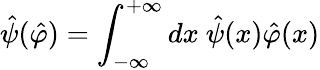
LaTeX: \hat{\psi}(\hat{\varphi})=\int_{-\infty}^{+\infty}dx~\hat{\psi}(x)\hat{\varphi}(x)